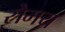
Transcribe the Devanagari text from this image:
सेमय